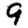
Digit: 9